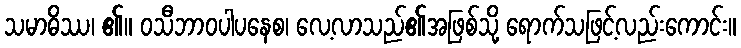
သမာဓိဿ၊ ၏။ ဝသီဘာဝပါပနေစ၊ လေ့လာသည်၏အဖြစ်သို့ ရောက်သဖြင့်လည်းကောင်း။